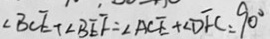
\angle B C E + \angle B E F = \angle A C E + \angle D F C = 9 0 ^ { \circ }